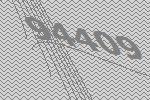
94409